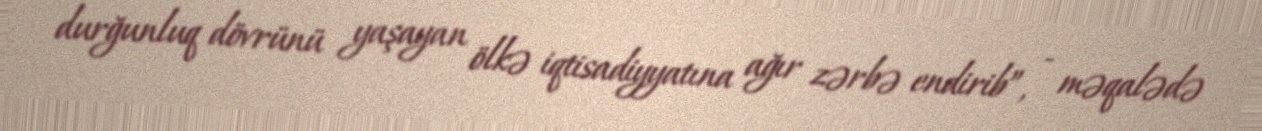
durğunluq dövrünü yaşayan ölkə iqtisadiyyatına ağır zərbə endirib”, - məqalədə